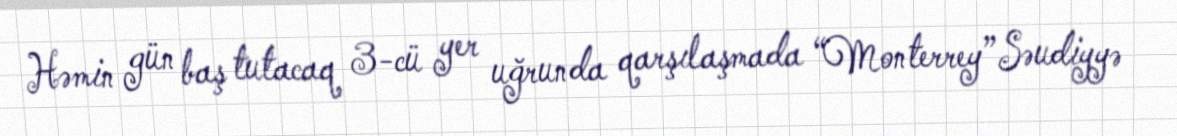
Həmin gün baş tutacaq 3-cü yer uğrunda qarşılaşmada “Monterrey” Səudiyyə